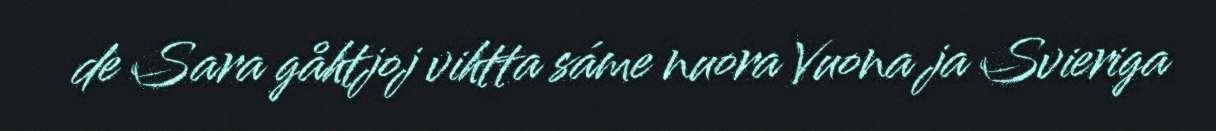
de Sara gåhtjoj vihtta sáme nuora Vuona ja Svieriga